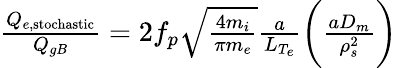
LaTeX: \begin{array}{r}{\frac{Q_{e,\mathrm{stochastic}}}{Q_{gB}}=2f_{p}\sqrt{\frac{4m_{i}}{\pi m_{e}}}\frac{a}{L_{T_{e}}}\biggl(\frac{aD_{m}}{\rho_{s}^{2}}\biggr)\, }\end{array}